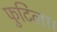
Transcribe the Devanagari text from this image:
फुटिला।